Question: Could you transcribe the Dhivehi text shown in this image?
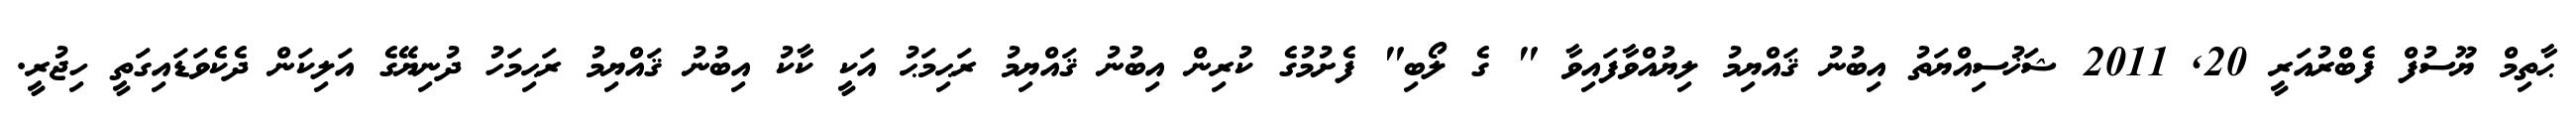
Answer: ޙާތިމް ޔޫސުފް ފެބްރުއަރީ 20, 2011 ޝަޚުސިއްޔަތު އިބުނު ޤައްޔިމު ލިޔުއްވާފައިވާ " ގެ ލޯބި" ފެށުމުގެ ކުރިން އިބުނު ޤައްޔިމު ރަޙިމަޙު އަކީ ކާކު އިބުނު ޤައްޔިމު ރަޙިމަހު ދުނިޔޭގެ އަލިކަން ދެކެވަޑައިގަތީ ހިޖުރީ.